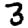
Digit: 3